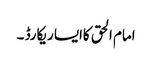
امام الحق کاایسا ریکارڈ ۔